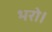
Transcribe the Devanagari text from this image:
भरो।